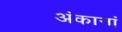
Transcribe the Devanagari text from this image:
अंकानां